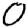
Digit: 0